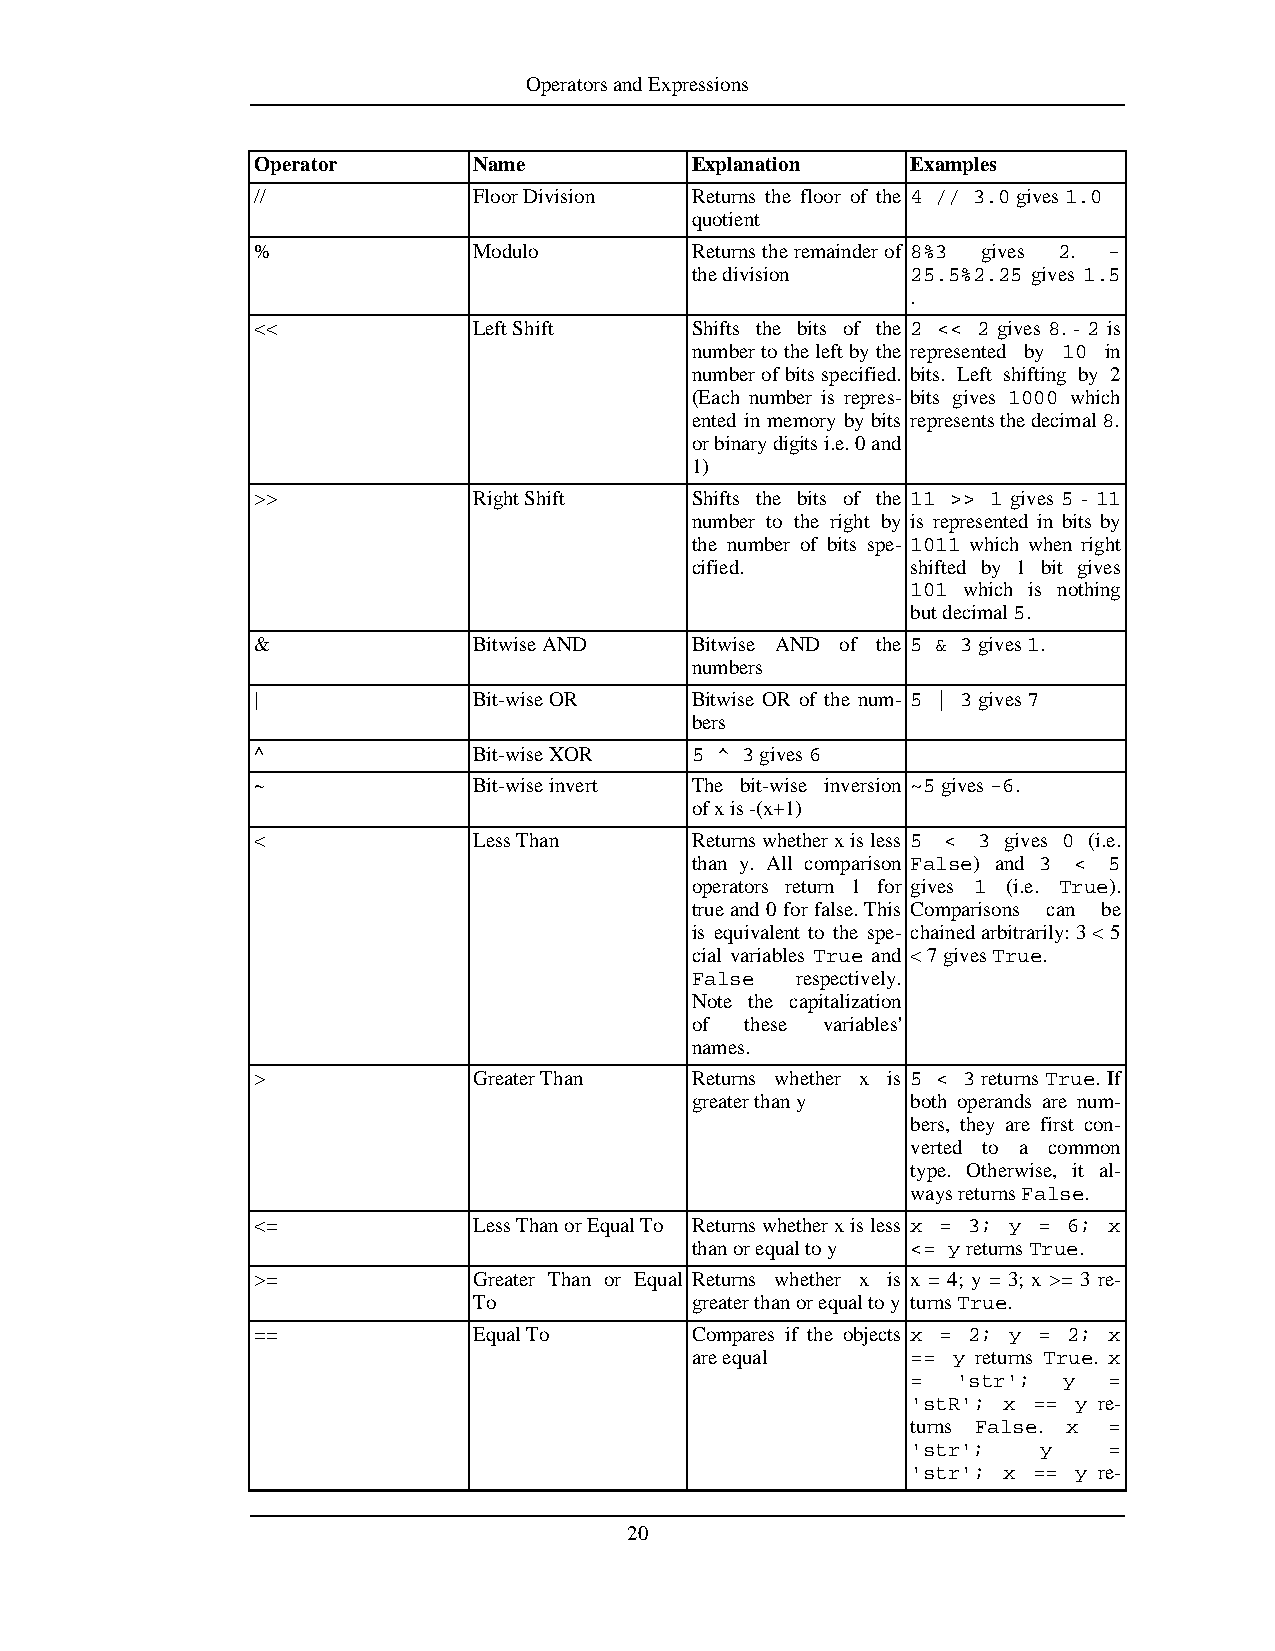
OperatorsandExpressions
 Operator      Name           Explanation   Examples
 //            FloorDivision  Returns the floor of the 4 // 3.0gives1.0
 quotient
 %             Modulo         Returnstheremainderof 8%3 gives 2. -
 thedivision   25.5%2.25 gives 1.5
 .
 <<            LeftShift      Shifts the bits of the 2 << 2 gives 8. - 2 is
 numbertotheleftbythe represented by 10 in
 numberofbitsspecified. bits. Left shifting by 2
 (Each number is repres- bits gives 1000 which
 ented in memory by bits representsthedecimal8.
 orbinarydigitsi.e.0and
 1)
 >>            RightShift     Shifts the bits of the 11 >> 1 gives 5 - 11
 number to the right by is represented in bits by
 the number of bits spe- 1011 which when right
 cified.       shifted by 1 bit gives
 101 which is nothing
 butdecimal5.
 &             BitwiseAND     Bitwise AND of the 5 & 3gives1.
 numbers
 |             Bit-wiseOR     Bitwise OR of the num- 5 | 3gives7
 bers
 ^             Bit-wiseXOR    5 ^ 3gives6
 ~             Bit-wiseinvert The bit-wise inversion ~5gives-6.
 ofxis-(x+1)
 <             LessThan       Returnswhetherxisless 5 < 3 gives 0 (i.e.
 than y. All comparison False) and 3 < 5
 operators return 1 for gives 1 (i.e. True).
 trueand0forfalse.This Comparisons can be
 is equivalent to the spe- chainedarbitrarily:3<5
 cial variables True and <7givesTrue.
 False  respectively.
 Note the capitalization
 of these variables'
 names.
 >             GreaterThan    Returns whether x is 5 < 3 returns True. If
 greaterthany  both operands are num-
 bers, they are first con-
 verted to a common
 type. Otherwise, it al-
 waysreturnsFalse.
 <=            LessThanorEqualTo Returnswhetherxisless x = 3; y = 6; x
 thanorequaltoy <= yreturnsTrue.
 >=            Greater Than or Equal Returns whether x is x = 4; y = 3; x >= 3 re-
 To             greaterthanorequaltoy turnsTrue.
 ==            EqualTo        Compares if the objects x = 2; y = 2; x
 areequal      == y returns True. x
 =  'str'; y  =
 'stR'; x == y re-
 turns False. x =
 'str';   y   =
 'str'; x == y re-
 20